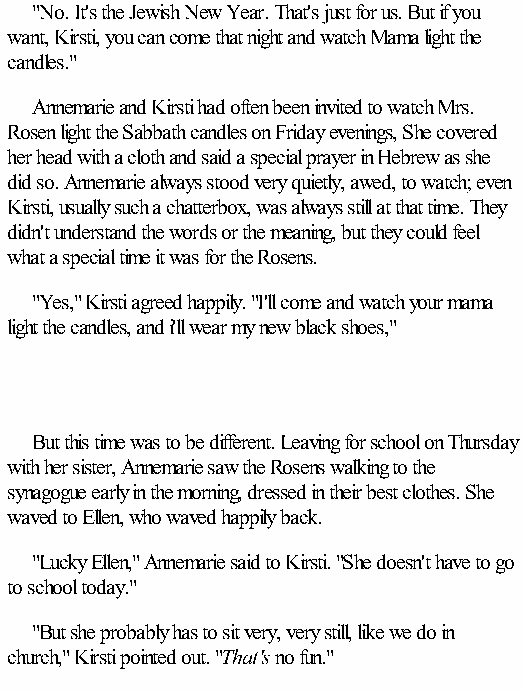
"No. It's the Jewish New Year. That's just for us. But if you
 want, Kirsti, you can come that night and watch Mama light the
 candles."
 Annemarie and Kirsti had often been invited to watch Mrs.
 Rosen light the Sabbath candles on Friday evenings, She covered
 her head with a cloth and said a special prayer in Hebrew as she
 did so. Annemarie always stood very quietly, awed, to watch; even
 Kirsti, usually such a chatterbox, was always still at that time. They
 didn't understand the words or the meaning, but they could feel
 what a special time it was for the Rosens.
 "Yes," Kirsti agreed happily. "I'll come and watch your mama
 light the candles, and i'll wear my new black shoes,"
 But this time was to be different. Leaving for school on Thursday
 with her sister, Annemarie saw the Rosens walking to the
 synagogue early in the morning, dressed in their best clothes. She
 waved to Ellen, who waved happily back.
 "Lucky Ellen," Annemarie said to Kirsti. "She doesn't have to go
 to school today."
 "But she probably has to sit very, very still, like we do in
 church," Kirsti pointed out. "That's no fun."